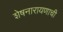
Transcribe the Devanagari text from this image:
शेषनारायणाची